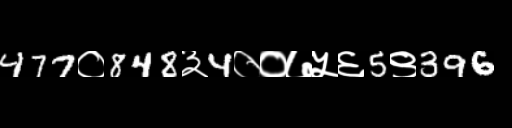
Text: 477०848३4००७५६5९396